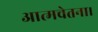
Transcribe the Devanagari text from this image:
आत्मचेतना।